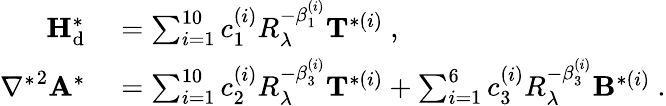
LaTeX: \begin{array}{rl}{{\mathbf{H}}_{\mathrm{d}}^{*}}&{{}=\sum_{i=1}^{10}c_{1}^{(i)}R_{\lambda}^{-\beta_{1}^{(i)}}{\mathbf{T}}^{*(i)}\ ,}\\ {{\nabla^{*}}^{2}{\mathbf{A}}^{*}}&{{}=\sum_{i=1}^{10}c_{2}^{(i)}R_{\lambda}^{-\beta_{3}^{(i)}}{\mathbf{T}}^{*(i)}+\sum_{i=1}^{6}c_{3}^{(i)}R_{\lambda}^{-\beta_{3}^{(i)}}{\mathbf{B}}^{*(i)}\ .}\end{array}